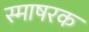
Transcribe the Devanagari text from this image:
स्माषरक